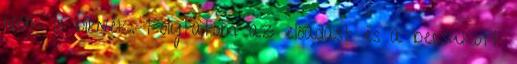
nem is bírnék. Folytatom az előadást és a becsukott